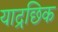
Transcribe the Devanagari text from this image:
याद्रछिक